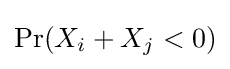
\Pr(X_{i}+X_{j}<0)